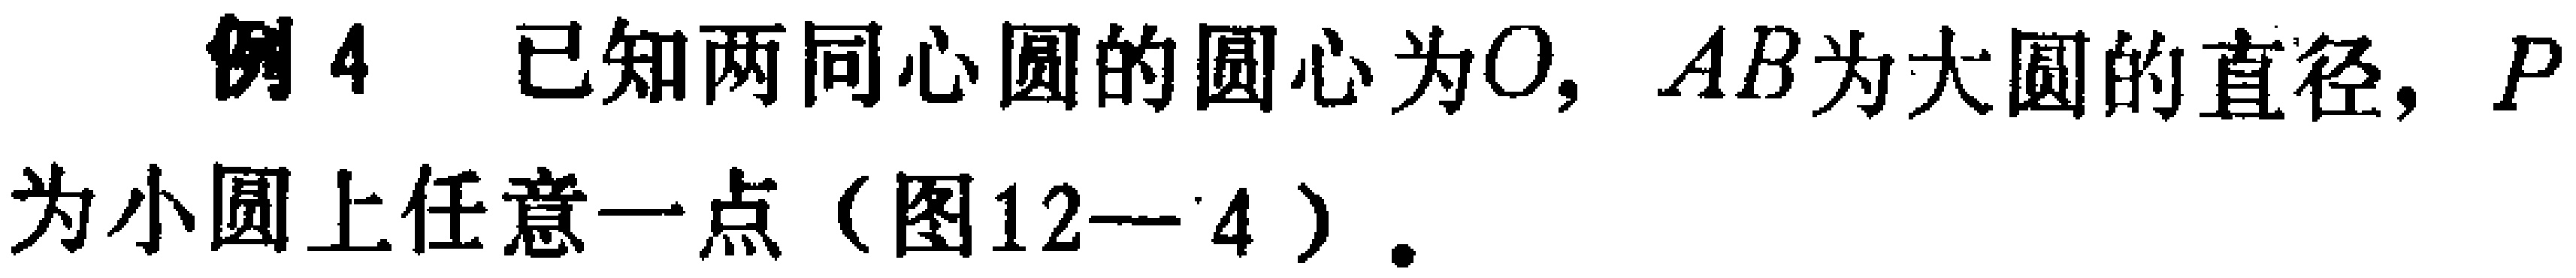
例4 已知两同心圆的圆心为\(O\)，\(AB\)为大圆的直径，\(P\)为小圆上任意一点（图12—4）.